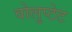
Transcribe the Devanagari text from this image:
वोलुप्टेट